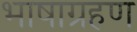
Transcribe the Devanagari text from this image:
भाषाग्रहण